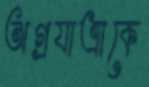
অগ্রযাত্রাকে